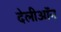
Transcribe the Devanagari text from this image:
देलीऑन